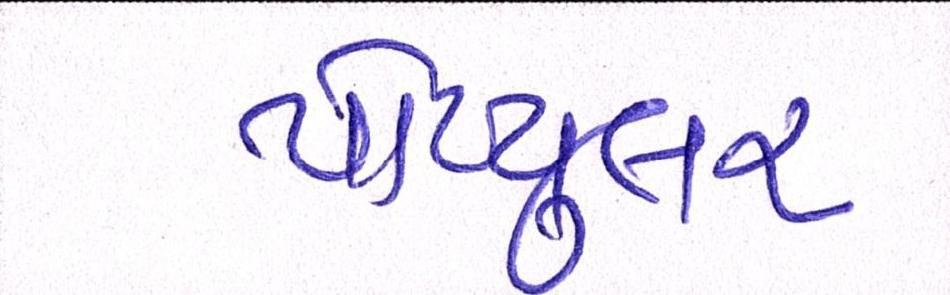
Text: પોપ્યુલર